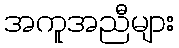
အကူအညီများ